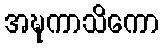
အဍ္ဎကာသိကော